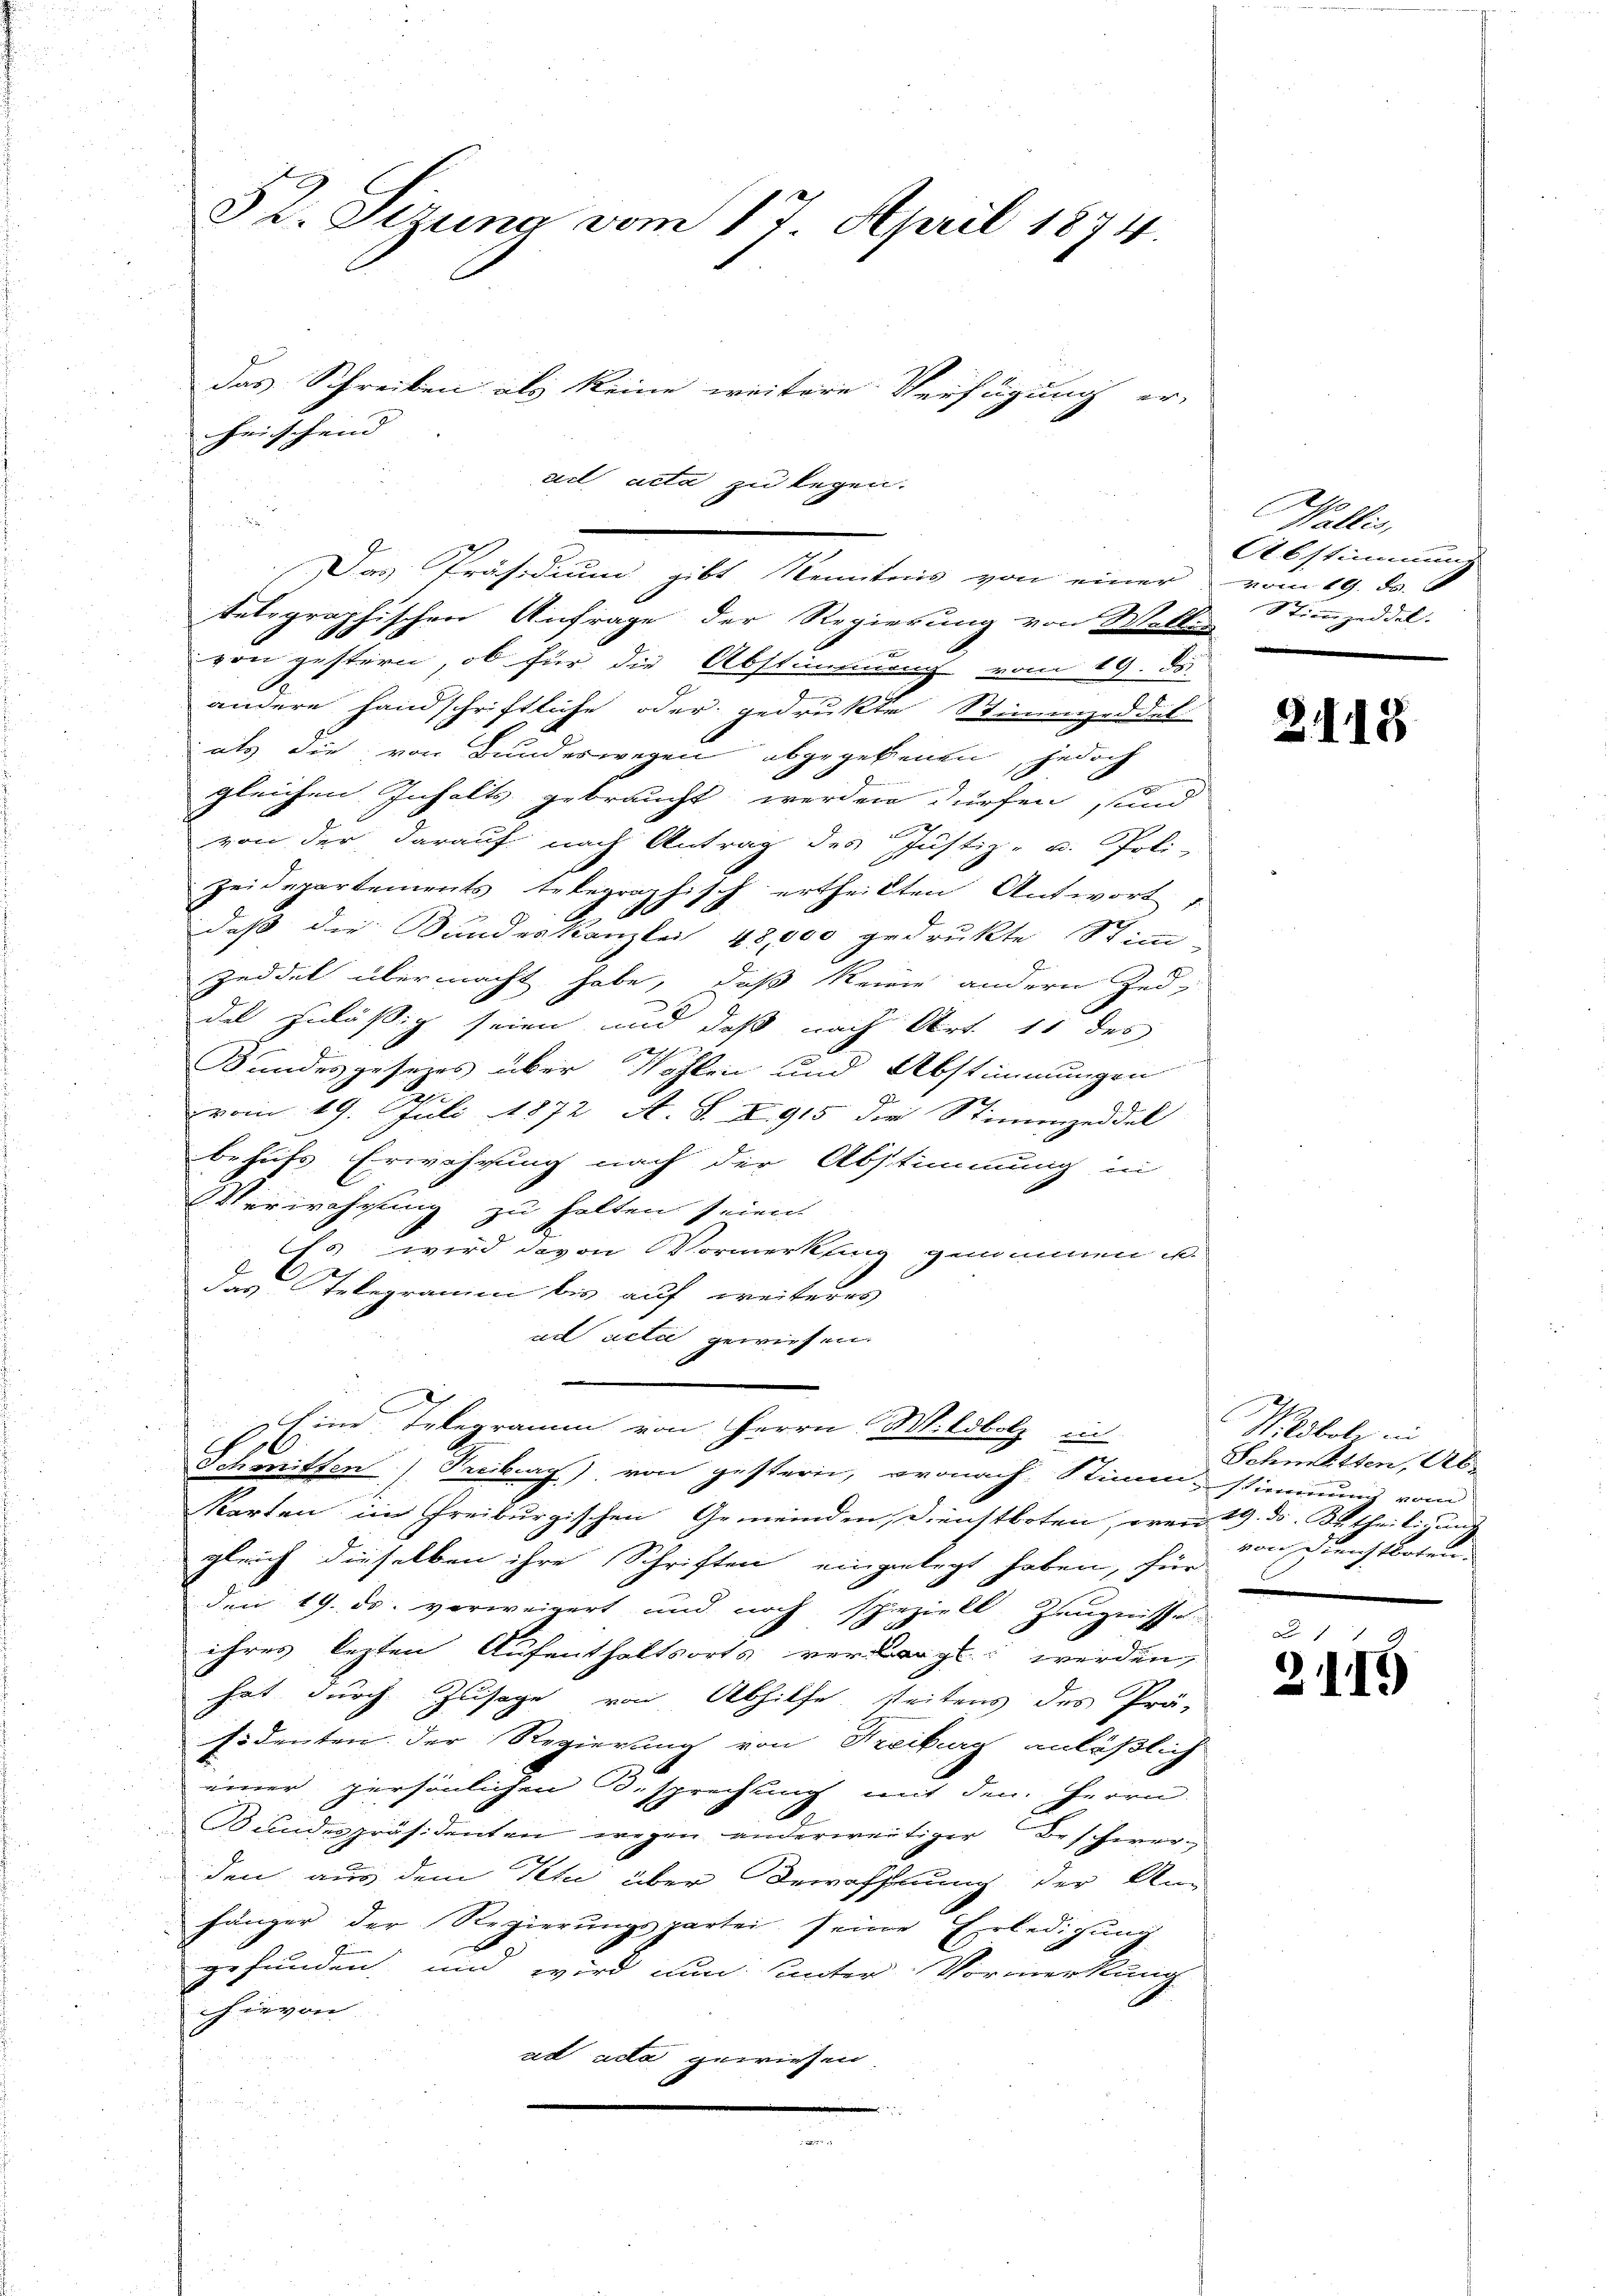
ail acta zu legen.
telegraphischen Anfrage der Regierung von Wollen
von gestern, ob für die Abstimmung vom 19. D
andere Handschriftliche oder gedrukte Stimmzeddel
als die von Bundeswegen abgegebenen, jedoch
gleichen Inhalts gebraucht werden dürfen, und
von der darauf nach Antrag des Justiz- u. Poli-
Zeidepartements telegraphisch ertheilten Antwort
daß die Sandeskanzlei 48,000 gedrukte Stimm
Zeddel übermacht habe, daß keine andern Zeddel zuläßig seien und daß nach Art. 11 des
d
Kundesgesenes über Wohlen und Abstimmungen
e
vom 19. Juli 1872 A. S. S. 915 die Stimmzeddel
behufs Erwährung nach der Abstimmung in
Verwahrung zu halten seien.
Es wird davon Vormerkung genommen u.
das Telegramm bis auf weiteres
ad acta gewiesen.
Eine Telegramm von Herrn Wildbolz in
Schmitten) Freiburg) von gestern, wonach Stimm stimmung vom
Karten im Freiburgischen Gemeinden, Dienstboten, eren 19. ds. Kr. theili auf
gleich dieselben ihre Schriften eingelegt haben, für
den 19. ds. vorweigert und noch speziell Zeugnisse
ihres lezten Aufenthaltsorts verdingt werden,
hat durch Zusage von Abhilfe, seitens des Prä-
sidenten der Regierung von Freiburg anläßlich
einer persönlichen Besprechung mit den Herrn
Bundespräsidenten wegen anderweitiger Beschwerden aus dem Peti über Bewaffnung der An-
hänger der Regierŭngspartei seine Erledigŭng
gefunden und wird nun unter Vormerkung
hievon
ad ada gewiesen
.

§ 2. Sizung vom 17. April 1874.
das Schreiben als keine weitere Verfügung er-
heischend |

Das Präsidium gibt kenntnis von einer vom 19. d. 6

e
Wallis,
Abstimmung
Stimmzeddel.

Z 118

Wildbolz in
Schmitten, Ab-
von Dienstorten

1 x
2115